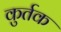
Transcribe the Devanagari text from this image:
कुर्तक